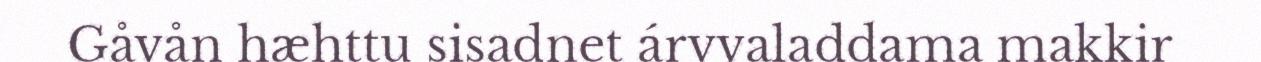
Gåvån hæhttu sisadnet árvvaladdama makkir